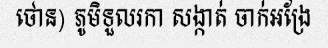
ថោន) ភូមិទួលរកា សង្កាត់ ចាក់អង្រែ